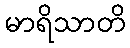
မာရိသာတိ